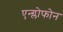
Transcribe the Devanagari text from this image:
एन्ग्लोफोन